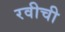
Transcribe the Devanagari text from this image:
रवीची